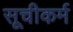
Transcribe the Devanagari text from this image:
सूचीकर्म